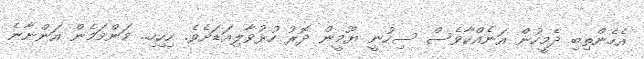
އެހެންތިބި ދެމީހުން އަނެއްކާވެސް ސިހުނީ ޔޫމީން ދޮރު ހުޅުވާލިއަޑަށެވެ. ހިހިހި.. މަންމަމެން އަންނާނެ